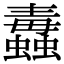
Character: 𧔄